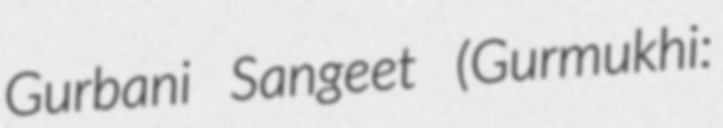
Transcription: Gurbani Sangeet (Gurmukhi: